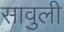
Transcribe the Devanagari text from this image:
सावुली